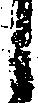
候